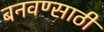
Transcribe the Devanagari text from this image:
बनवण्साठी